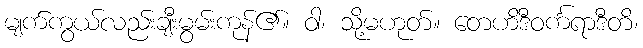
မျက်ကွယ်လည်းချီးမွမ်းကုန်၏။ ဝါ၊ သို့မဟုတ်။ တေဟိဒီဝင်္ကရာဒီတိ၊